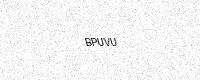
Text: BPUVU